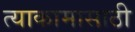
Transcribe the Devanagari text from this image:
त्याकामासाठी